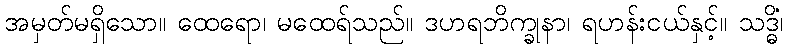
အမှတ်မရှိသော။ ထေရော၊ မထေရ်သည်။ ဒဟရဘိက္ခုနာ၊ ရဟန်းငယ်နှင့်။ သဒ္ဓိံ၊